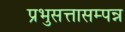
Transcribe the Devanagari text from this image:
प्रभुसत्तासम्पन्न